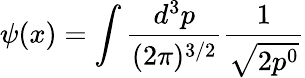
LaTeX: \psi(x)=\int\frac{d^{3}p}{(2\pi)^{3/2}}\frac{1}{\sqrt{2p^{0}}}